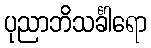
ပုညာဘိသင်္ခါရော